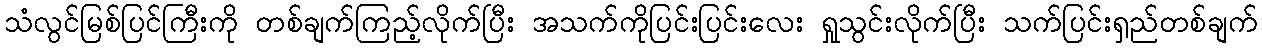
သံလွင်မြစ်ပြင်ကြီးကို တစ်ချက်ကြည့်လိုက်ပြီး အသက်ကိုပြင်းပြင်းလေး ရှုသွင်းလိုက်ပြီး သက်ပြင်းရှည်တစ်ချက်